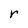
Character: r